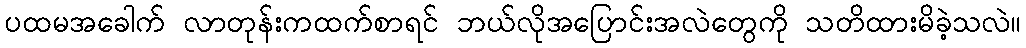
ပထမအခေါက် လာတုန်းကထက်စာရင် ဘယ်လိုအပြောင်းအလဲတွေကို သတိထားမိခဲ့သလဲ။